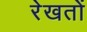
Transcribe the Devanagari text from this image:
रेखतों